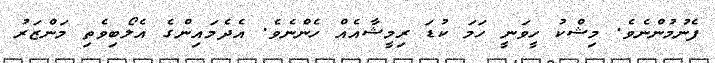
ފެނުމުންނެވެ. މިޝްކު ހީވަނީ ހަމަަ ކުޑަ ރިމީޝާއެއް ހެންނެވެ. އެދެމައިންގެ އެލޯބިވެތި މަންޒަރު